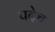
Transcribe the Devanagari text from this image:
पदेच